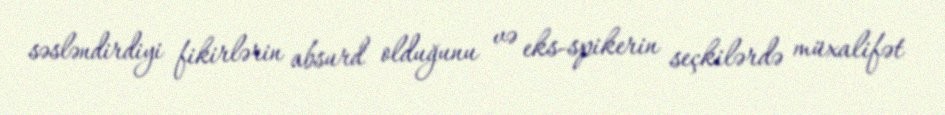
səsləndirdiyi fikirlərin absurd olduğunu və eks-spikerin seçkilərdə müxalifət